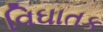
વિઘાતક